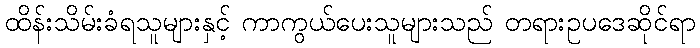
ထိန်းသိမ်းခံရသူများနှင့် ကာကွယ်ပေးသူများသည် တရားဥပဒေဆိုင်ရာ